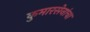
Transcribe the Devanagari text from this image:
कुमारसेनांचा